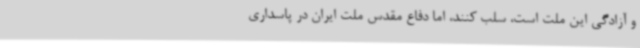
و آزادگی این ملت است، سلب کنند، اما دفاع مقدس ملت ایران در پاسداری